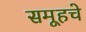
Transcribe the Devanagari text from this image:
समूहचे